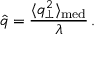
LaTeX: \hat { q } = \frac { \langle q _ { \perp } ^ { 2 } \rangle _ { \mathrm { m e d } } } { \lambda } \, .